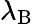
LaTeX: \lambda_{\mathrm{B}}